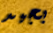
بجيد